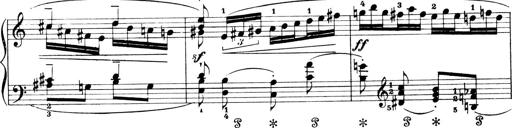
Title: 4 Sonatines
Composer: Max Reger